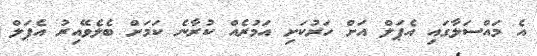
އެ މައްސަލާގައި އެޕަލް އަށް ހަރުކަށި އަމުރެއް ކުރާނެ ކަމަށް ބެލެވޭއިރު އެޕަލް